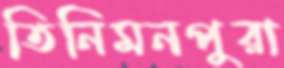
তিনিমনপুরা